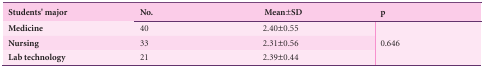
<table><thead><tr><td><b>Students&#x27; major</b></td><td><b>No.</b></td><td><b>Mean±SD</b></td><td><b>p</b></td></tr></thead><tbody><tr><td><b>Medicine</b></td><td> 40 </td><td> 2.40±0.55 </td><td rowspan="3"> 0.646 </td></tr><tr><td><b>Nursing</b></td><td> 33 </td><td> 2.31±0.56 </td></tr><tr><td><b>Lab technology</b></td><td> 21 </td><td> 2.39±0.44 </td></tr></tbody></table>